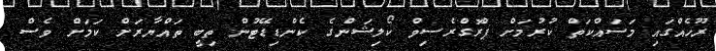
ރޫހެއްގައި މަސައްކަތް ކުރުމަށް ޕްރޮގްރެސިވް ކޯލިޝަންގެ ކެންޑިޑޭޓުން ތިބީ ތައްޔާރަށް ކަމަށް ވެސް